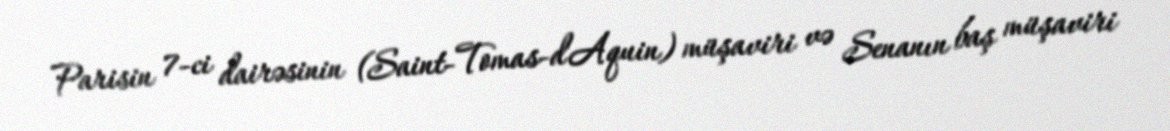
Parisin 7-ci dairəsinin (Saint-Tomas-d'Aquin) müşaviri və Senanın baş müşaviri